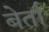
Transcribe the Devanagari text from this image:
बेर्ता